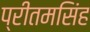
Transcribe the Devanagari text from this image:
प्रीतमसिंह